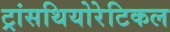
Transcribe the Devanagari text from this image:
ट्रांसथियोरेटिकल